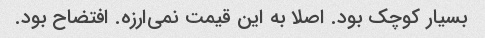
بسیار کوچک بود. اصلا به این قیمت نمی‌ارزه. افتضاح بود.